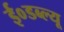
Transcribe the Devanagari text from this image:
ई०डब्ल्यू